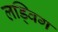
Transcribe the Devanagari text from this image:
लड्विग